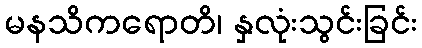
မနသိကရောတိ၊ နှလုံးသွင်းခြင်း